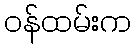
ဝန်ထမ်းက